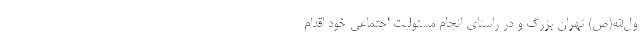
ول‌الله(ص) تهران بزرگ و در راستای انجام مسئولیت اجتماعی خود اقدام